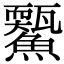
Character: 𩼭